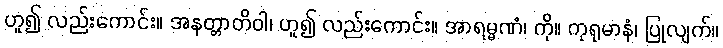
ဟူ၍ လည်းကောင်း။ အနတ္တာတိဝါ၊ ဟူ၍ လည်းကောင်း။ အာရမ္မဏံ၊ ကို။ ကုရုမာနံ၊ ပြုလျက်။